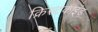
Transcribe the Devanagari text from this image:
क्रिस्टकाइंड